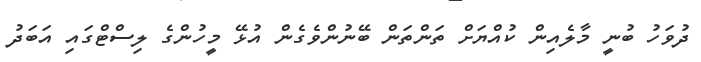
ދުވަހު ބުނީ މާލެއިން ކުއްޔަށް ތަންތަން ބޭނުންވެގެން އުޅޭ މީހުންގެ ލިސްޓްގައި އަބަދު